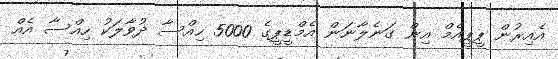
އެއިރުން ޕީޕީއެމް އިން ގަނެލާނަން އެމްޑީޕީގެ 5000 ހިއްސާ ދުވާލަކު ހިއްސާ އެއް